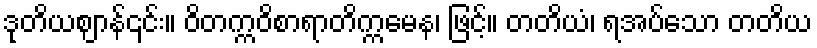
ဒုတိယဈာန်၎င်း။ ဝိတက္ကဝိစာရာတိက္ကမေန၊ ဖြင့်။ တတိယံ၊ ရအပ်သော တတိယ